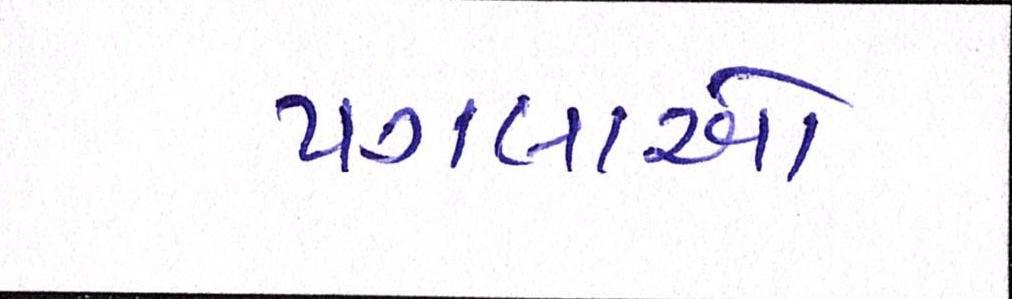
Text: પગલાઓ